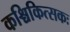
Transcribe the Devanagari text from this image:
कश्चिकित्सकः